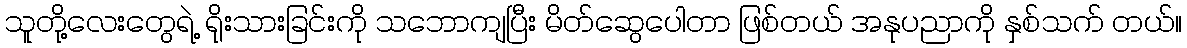
သူတို့လေးတွေရဲ့ ရိုးသားခြင်းကို သဘောကျပြီး မိတ်ဆွေပေါတာ ဖြစ်တယ် အနုပညာကို နှစ်သက် တယ်။